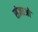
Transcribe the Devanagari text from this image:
संज्ञाओ